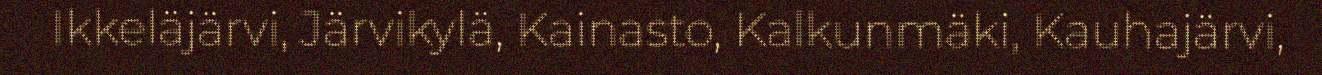
Ikkeläjärvi, Järvikylä, Kainasto, Kalkunmäki, Kauhajärvi,